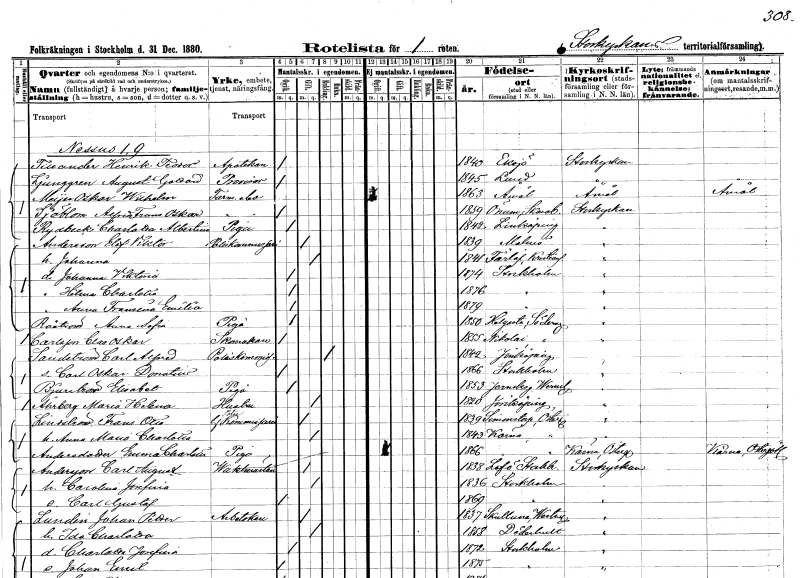
gt_parse: households: individuals: FN: Henrik Teodor
EN: Tillander
YRKE: Apotekare
KON: M
CIV: O
FODAR: 1840
FODFORS: Eksjö Jönköpings län
FN: August Gotthard
EN: Ljunggren
YRKE: Provisor
KON: M
CIV: O
FODAR: 1845
FODFORS: Lund Malmöhus län
FN: Oskar Wilhelm
EN: Meÿer
YRKE: Farmaceutelev
KON: M
CIV: O
FODAR: 1863
FODFORS: Åmål Älvsborgs län
FN: Alfred Oskar
EN: Sjöblom
YRKE: Farmaceutelev
KON: M
CIV: O
FODAR: 1859
FODFORS: Önum Skaraborgs län
FN: Charlotta Albertina
EN: Rydbeck
YRKE: Piga
KON: K
CIV: O
FODAR: 1842
FODFORS: Linköping Östergötlands län
FN: Elof Viktor
EN: Andersson
YRKE: Poliskommissarie
KON: M
CIV: G
FODAR: 1839
FODFORS: Malmö Malmöhus län
FN: Johanna
KON: K
CIV: G
FODAR: 1841
FODFORS: Färlöv Kristianstads län
FN: Johanna Viktoria
KON: K
CIV: O
FODAR: 1874
FODFORS: Stockholm
FN: Hilma Charlotta
KON: K
CIV: O
FODAR: 1876
FODFORS: Stockholm
FN: Anna Fransina Emilia
KON: K
CIV: O
FODAR: 1879
FODFORS: Stockholm
FN: Anna Sofia
EN: Råström
YRKE: Piga
KON: K
CIV: O
FODAR: 1850
FODFORS: Helgesta Södermanlands län
FN: Claes Oskar
EN: Carlsson
YRKE: Skomakare
KON: M
CIV: O
FODAR: 1855
FODFORS: Nikolai Stockholms stad
FN: Carl Alfred
EN: Sandström
YRKE: Poliskommissarie
KON: M
CIV: E
FODAR: 1842
FODFORS: Jönköping Jönköpings län
FN: Carl Oskar Donatius
KON: M
CIV: O
FODAR: 1866
FODFORS: Stockholm
FN: Elisabet
EN: Bjurström
YRKE: Piga
KON: K
CIV: O
FODAR: 1853
FODFORS: Järnskog Värmlands län
FN: Maria Helena
EN: Åhrberg
YRKE: Hustru
KON: K
CIV: G
FODAR: 1820
FODFORS: Jönköping Jönköpings län
FN: Frans Otto
EN: Lindström
YRKE: Poliskommissarie t.f.
KON: M
CIV: G
FODAR: 1839
FODFORS: Simonstorp Östergötlands län
FN: Anna Maria Charlotta
KON: K
CIV: G
FODAR: 1843
FODFORS: Kärna Östergötlands län
FN: Emma Charlotta
EN: Andersdotter
YRKE: Piga
KON: K
CIV: O
FODAR: 1866
FODFORS: Kärna Östergötlands län
FN: Carl August
EN: Andersson
YRKE: Vaktmästare
KON: M
CIV: G
FODAR: 1838
FODFORS: Lovö Stockholms län
FN: Carolina Josefina
KON: K
CIV: G
FODAR: 1836
FODFORS: Stockholm
FN: Carl Gustaf
KON: M
CIV: O
FODAR: 1869
FODFORS: Stockholm